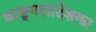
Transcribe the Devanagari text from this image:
बाङ्गलादेशका